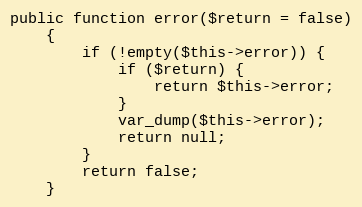
Language: PHP
public function error($return = false)
    {
        if (!empty($this->error)) {
            if ($return) {
                return $this->error;
            }
            var_dump($this->error);
            return null;
        }
        return false;
    }